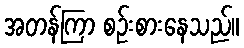
အတန်ကြာ စဉ်းစားနေသည်။